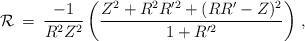
LaTeX: \begin{align*}{\cal{R}} \: = \:\frac{-1}{R^2Z^2}\left( \frac{Z^2+R^2R'^2+(RR'-Z)^2}{1+R'^2}\right)\, ,\end{align*}